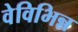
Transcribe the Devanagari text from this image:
वेविभिन्न